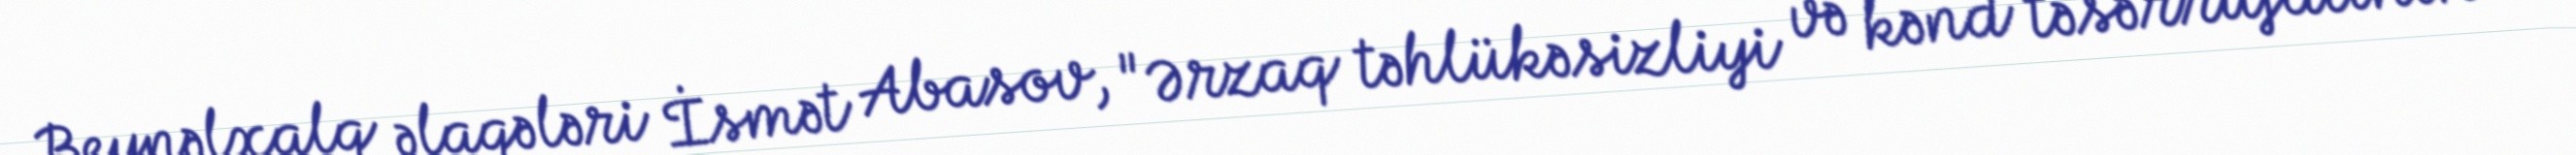
Beynəlxalq əlaqələri İsmət Abasov, "Ərzaq təhlükəsizliyi və kənd təsərrüfatının